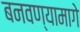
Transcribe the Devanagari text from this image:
बनवण्यामागे